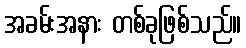
အခမ်းအနား တစ်ခုဖြစ်သည်။